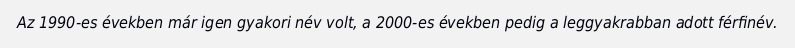
Az 1990-es években már igen gyakori név volt, a 2000-es években pedig a leggyakrabban adott férfinév.